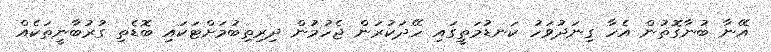
އޭނާ ބުނާގޮތުން އެހާ ގިނަދުވަހު ކަނޑުމަތީގައި ހޭދަކުރަން ޖެހުމުން ދިރިތިބުމަށްޓަކައި ބޮޑެތި ގުރުބާނީތަކެއް